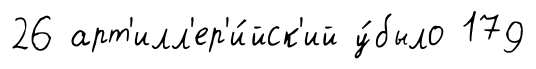
26 арт'илл'ер'и́йск'ий у́было 179